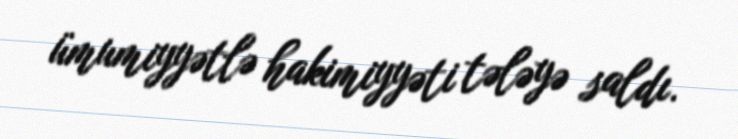
ümumiyyətlə hakimiyyəti tələyə saldı.